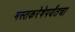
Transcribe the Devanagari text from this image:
मस्तकरेषेपर्यंतचा